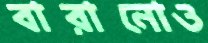
বারানোও